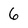
Character: 6